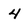
Character: 4